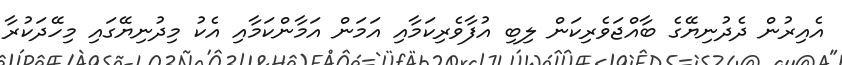
އެއިރުން ދެދުނިޔޭގެ ބާއްޖަވެރިކަން ލިބި އުފާވެރިކަމާއި އަމަން އަމާންކަމާއި އެކު މިދުނިޔޭގައި މިހޭދަކުރާ